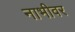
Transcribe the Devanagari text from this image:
नाभीवर